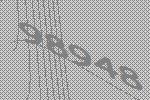
98948